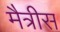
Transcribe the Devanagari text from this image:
मैत्रीस